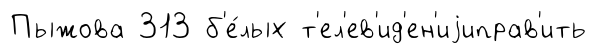
Пыжова 313 б'е́лых т'ел'ев'ид'ен'иjиправ'ить